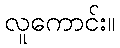
လူကောင်း။